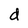
Character: d